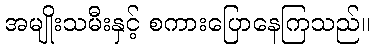
အမျိုးသမီးနှင့် စကားပြောနေကြသည်။